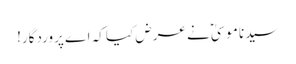
سیدنا موسیٰؑ نے عرض کیا کہ اے پروردگار!